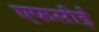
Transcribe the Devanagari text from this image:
एफसीई